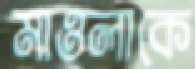
মাওলাকে